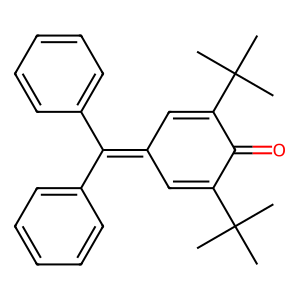
SMILES: CC(C)(C)C1=CC(=C(c2ccccc2)c2ccccc2)C=C(C(C)(C)C)C1=O
Inhibits HIV replication: No